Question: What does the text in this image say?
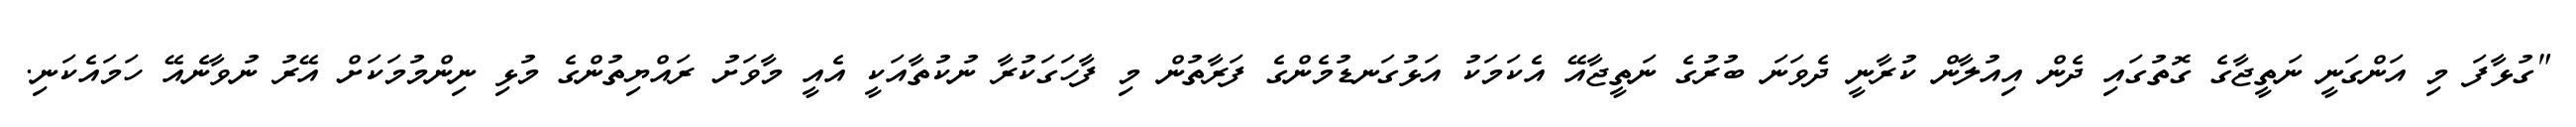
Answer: "ގުޅާފަ މި އަންގަނީ ނަތީޖާގެ ގޮތުގައި ދެން އިއުލާން ކުރާނީ ދެވަނަ ބުރުގެ ނަތީޖާއޭ އެކަމަކު އަޅުގަނޑުމެންގެ ފަރާތުން މި ފާހަގަކުރާ ނުކުތާއަކީ އެއީ މާވަށު ރައްޔިތުންގެ މުޅި ނިންމުމަކަށް އޭރު ނުވާނެއޭ ހަމައެކަނި.